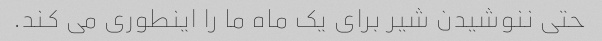
حتی ننوشیدن شیر برای یک ماه ما را اینطوری می کند.